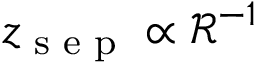
z _ { \textrm { s e p } } \propto \mathcal { R } ^ { - 1 }